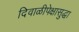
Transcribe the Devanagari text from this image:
दिवाळीपेक्षासुद्धा